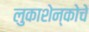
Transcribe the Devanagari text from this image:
लुकाशेन्कोचे